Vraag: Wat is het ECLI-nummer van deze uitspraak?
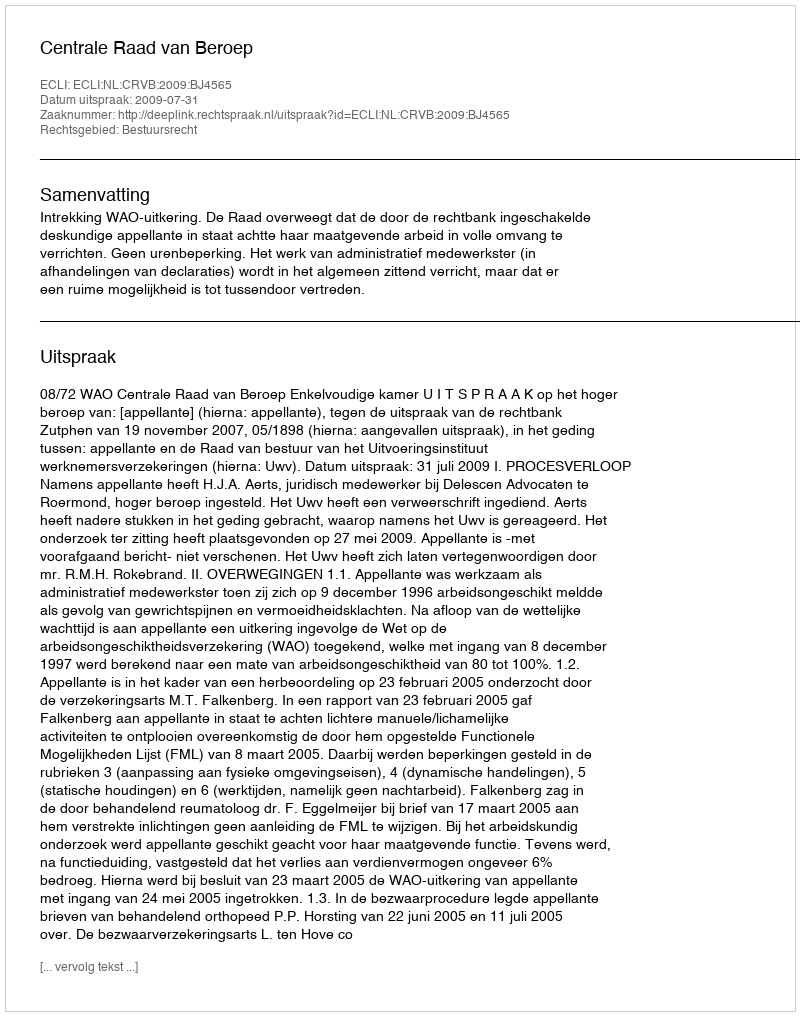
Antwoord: ECLI:NL:CRVB:2009:BJ4565